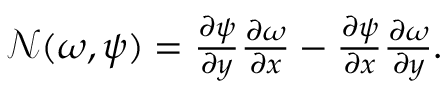
\begin{array} { r } { { } \mathcal { N } ( \omega , \psi ) = \frac { \partial \psi } { \partial y } \frac { \partial \omega } { \partial x } - \frac { \partial \psi } { \partial x } \frac { \partial \omega } { \partial y } . } \end{array}